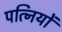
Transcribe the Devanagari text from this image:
पत्‍िनयों